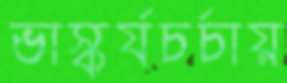
ভাস্কর্যচর্চায়